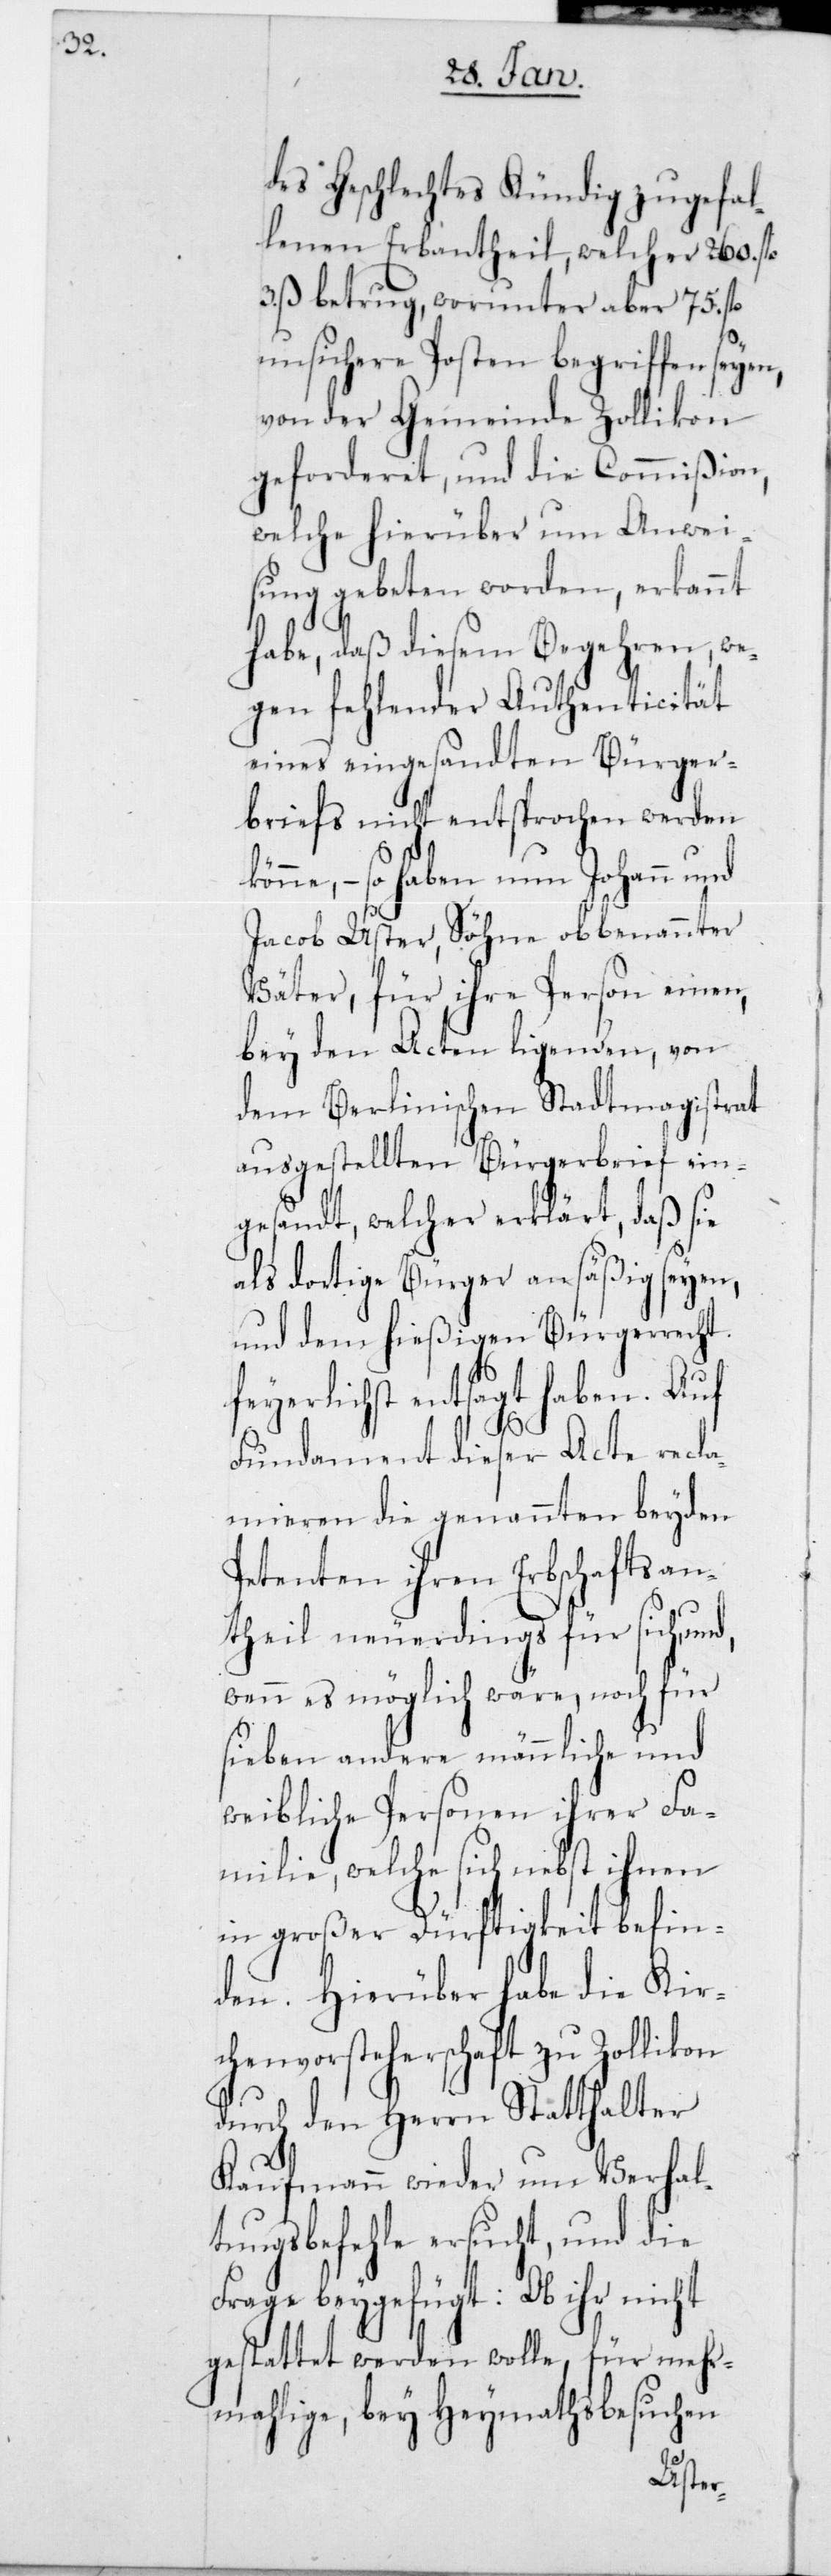
des Geschlechtes Kündig zugefal¬
lenen Erbantheil, welcher 260 fl.
3 ß betrug, worunter aber 75 fl.
unsichere Posten begriffen
von der Gemeinde Zollikon
geforderet, und die Commißion,
welche hierüber um Anwei¬
sung gebeten worden, erkannt
habe, daß diesem Begehren, we¬
gen fehlender Authenticität
eines eingesandten Bürger¬
briefs nicht entsprochen werden
könne, – so haben nun Johann und
Jacob Uster, Söhne obbenannter
Väter, für ihre Person einen,
bey den Acten liegenden, von
dem Berlinischen Stadtmagistrat
ausgestellten Bürgerbrief ein¬
gesandt, welcher erklärt, daß sie
als dortige Bürger ansäßig seyen,
und dem hießigen Bürgerrecht
feyerlichst entsagt haben. Auf
Fundament dieser Acte recl¬
amieren die genannten beyden
Petenten ihren Erbschaftsan¬
theil neuerdings für sich,
wenn es möglich wäre, noch für
sieben andere männliche
weibliche Personen ihrer Fa¬
milie, welche sich nebst ihnen
in großer Dürftigkeit befin¬
den. Hierüber habe die Kir¬
chenvorsteherschaft zu Zollikon
durch den Herrn Statthalter
Kaufmann wieder um Verhal¬
tungsbefehle ersucht, und die
Frage beygefügt: Ob ihr nicht
gestattet werden wolle, für mehr¬
malige, bey Heymathsbesuchen